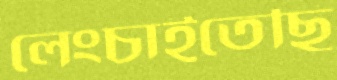
লেংচাইতেছি